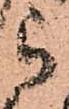
被